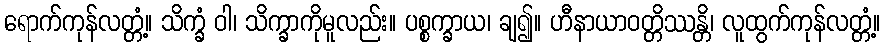
ရောက်ကုန်လတ္တံ့။ သိက္ခံ ဝါ၊ သိက္ခာကိုမူလည်း။ ပစ္စက္ခာယ၊ ချ၍။ ဟီနာယာဝတ္တိဿန္တိ၊ လူထွက်ကုန်လတ္တံ့။